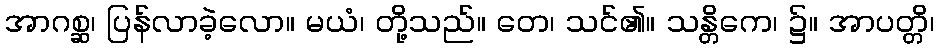
အာဂစ္ဆ၊ ပြန်လာခဲ့လော။ မယံ၊ တို့သည်။ တေ၊ သင်၏။ သန္တိကေ၊ ၌။ အာပတ္တိ၊